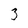
Character: 3